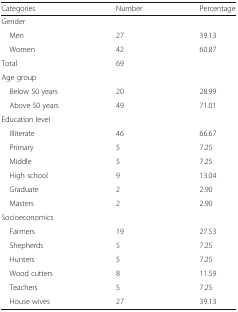
<table><thead><tr><td><b>Categories</b></td><td><b>Number</b></td><td><b>Percentage</b></td></tr></thead><tbody><tr><td colspan="3">Gender</td></tr><tr><td> Men</td><td>27</td><td>39.13</td></tr><tr><td> Women</td><td>42</td><td>60.87</td></tr><tr><td>Total</td><td>69</td><td></td></tr><tr><td colspan="3">Age group</td></tr><tr><td> Below 50 years</td><td>20</td><td>28.99</td></tr><tr><td> Above 50 years</td><td>49</td><td>71.01</td></tr><tr><td colspan="3">Education level</td></tr><tr><td> Illiterate</td><td>46</td><td>66.67</td></tr><tr><td> Primary</td><td>5</td><td>7.25</td></tr><tr><td> Middle</td><td>5</td><td>7.25</td></tr><tr><td> High school</td><td>9</td><td>13.04</td></tr><tr><td> Graduate</td><td>2</td><td>2.90</td></tr><tr><td> Masters</td><td>2</td><td>2.90</td></tr><tr><td colspan="3">Socioeconomics</td></tr><tr><td> Farmers</td><td>19</td><td>27.53</td></tr><tr><td> Shepherds</td><td>5</td><td>7.25</td></tr><tr><td> Hunters</td><td>5</td><td>7.25</td></tr><tr><td> Wood cutters</td><td>8</td><td>11.59</td></tr><tr><td> Teachers</td><td>5</td><td>7.25</td></tr><tr><td> House wives</td><td>27</td><td>39.13</td></tr></tbody></table>